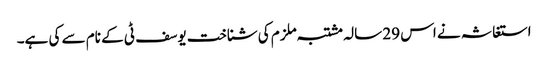
استغاثہ نے اس 29 سالہ مشتبہ ملزم کی شناخت یوسف ٹی کے نام سے کی ہے۔